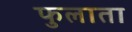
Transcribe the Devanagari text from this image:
फुलाता